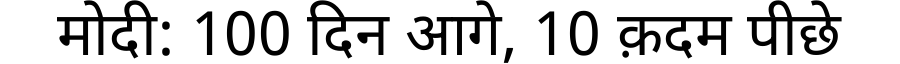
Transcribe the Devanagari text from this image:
मोदी: 100 दिन आगे, 10 क़दम पीछे